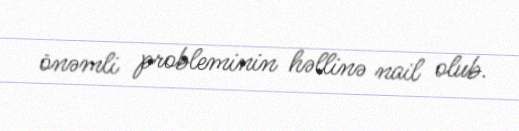
önəmli probleminin həllinə nail olub.